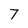
Character: 7